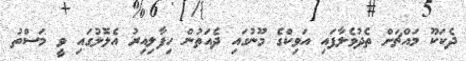
ދެކަކޫ މައްޗަށް ތެދުވެލާފައި އަވިކްގެ މޫނުގައި ދެއަތުން ހިފާލިއިރު އެލޮލުގައި ވީ މަސްތު